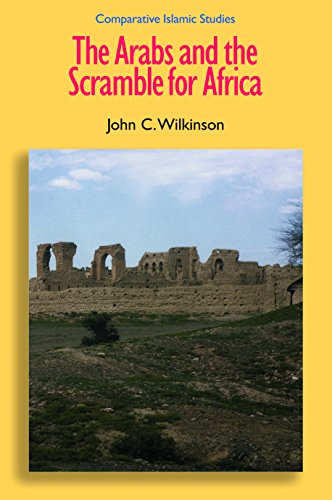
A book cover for The Arabs and the Scramble for Africa (Comparative Islamic Studies); John C. Wilkinson; History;